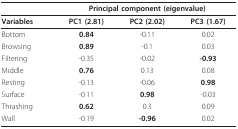
|  | <COLSPAN=3> Principal component (eigenvalue) |
 | --- | --- | --- | --- |
 | Variables | PC1 (2.81) | PC2 (2.02) | PC3 (1.67) |
 | Bottom | 0.84 | -0.11 | 0.02 |
 | Browsing | 0.89 | -0.1 | 0.03 |
 | Filtering | -0.35 | -0.02 | -0.93 |
 | Middle | 0.76 | 0.13 | 0.08 |
 | Resting | -0.13 | -0.06 | 0.98 |
 | Surface | -0.11 | 0.98 | -0.03 |
 | Thrashing | 0.62 | 0.3 | 0.09 |
 | Wall | -0.19 | -0.96 | 0.02 |